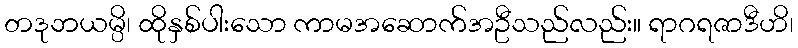
တဒုဘယမ္ပိ၊ ထိုနှစ်ပါးသော ကာမအဆောက်အဦသည်လည်း။ ရာဂရဇာဒီဟိ၊